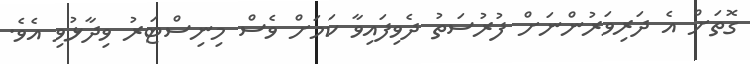
ގޮތަށް އެ ދަރިވަރުންނަށް ފުރުސަތު ދެވިފައިވާ ކަމަށް ވެސް މިނިސްޓަރު ވިދާޅުވި އެވެ.